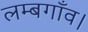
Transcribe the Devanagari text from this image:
लम्बगाँव।